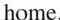
home.